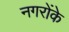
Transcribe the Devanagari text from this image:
नगरोंके